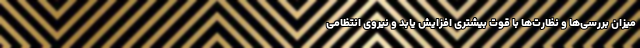
میزان بررسی‌ها و نظارت‌ها با قوت بیشتری افزایش یابد و نیروی انتظامی